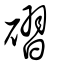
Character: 磖